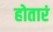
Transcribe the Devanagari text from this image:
होतारं